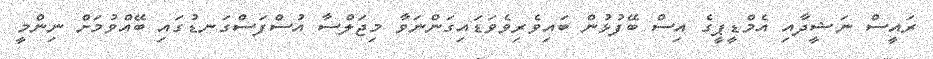
ރައީސް ނަޝީދާއި އެމްޑީޕީގެ އިސް ބޭފުޅުން ބައިވެރިވެވަޑައިގަންނަވާ މިޖަލްސާ އުސްފަސްގަނޑުގައި ބޭއްވުމަށް ނިންމީ